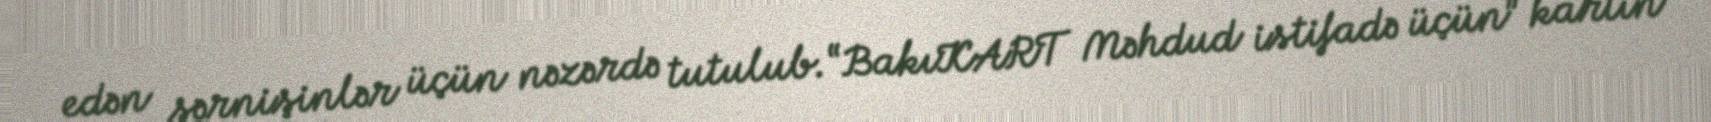
edən sərnişinlər üçün nəzərdə tutulub.“BakıKART Məhdud istifadə üçün” kartın